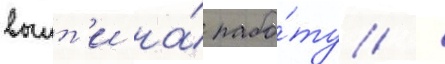
выит'и на́ рабо́ту /